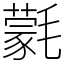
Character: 氋